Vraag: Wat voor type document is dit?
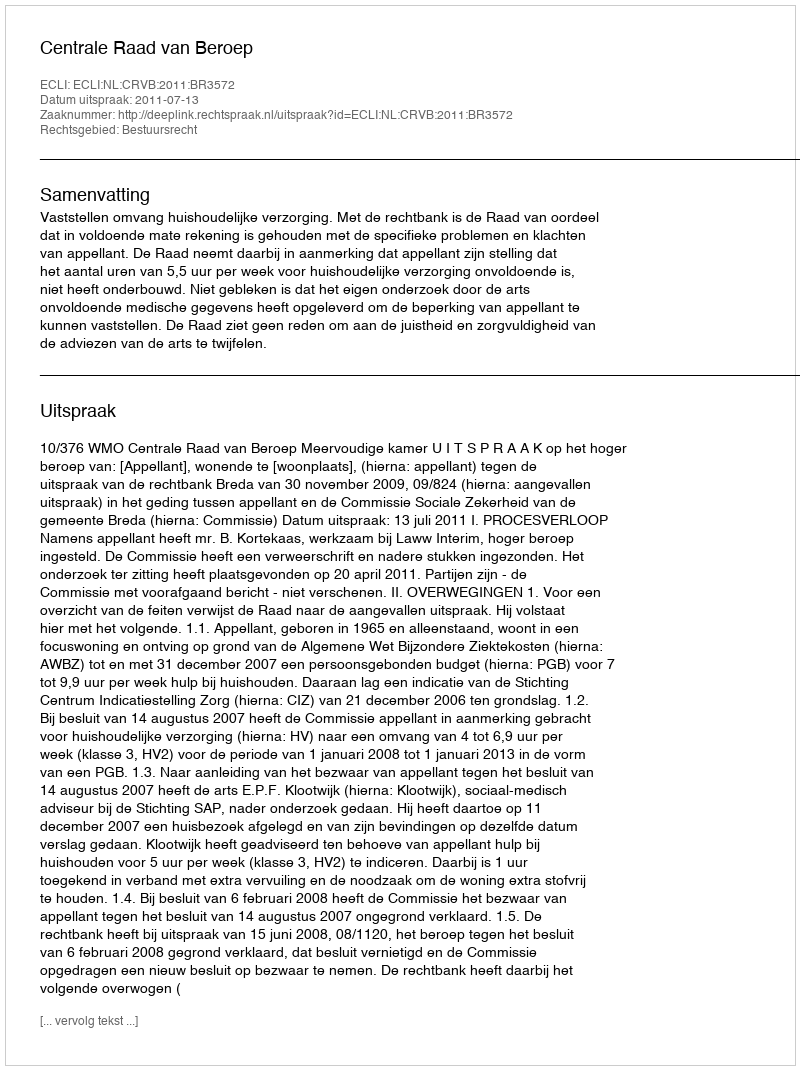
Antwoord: Uitspraak